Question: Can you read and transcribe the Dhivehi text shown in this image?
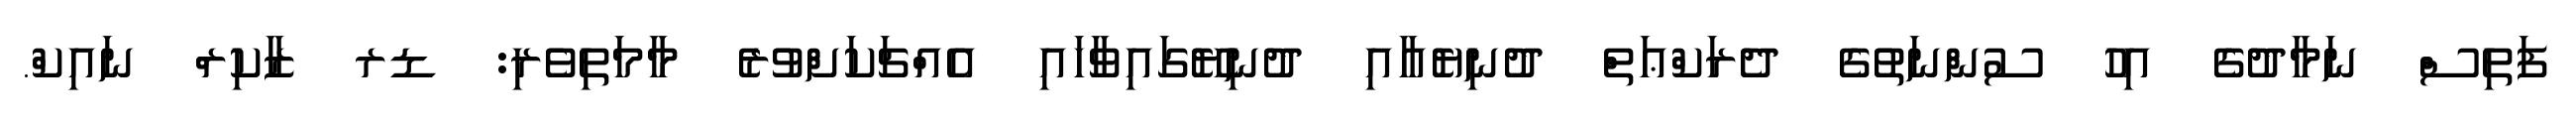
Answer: ފަތިސް ނަމާދުގެ އިހު ސުންނަތުގެ ދެރަކްޢަތް ދުނިޔެއާއި ދުނިޔޭގައިވާހައި އެއްޗަކަށްވުރެ މާމަތިވެރި: ޑރ ޒާކިރް ނައިކް.